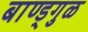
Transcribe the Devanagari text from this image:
बाण्ड्गुळ